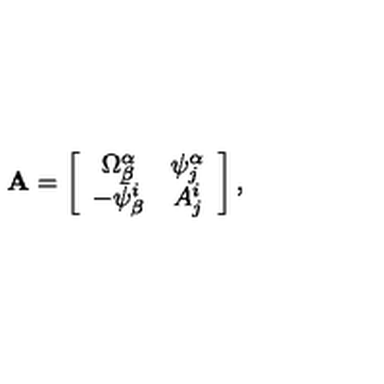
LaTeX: \mathrm { { \bf A } } = \left[ \begin{array} { c c } { \Omega _ { \beta } ^ { \alpha } } & { \psi _ { j } ^ { \alpha } } \\ { - \bar { \psi } _ { \beta } ^ { i } } & { A _ { j } ^ { i } } \\ \end{array} \right] ,